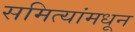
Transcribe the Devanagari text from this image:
समित्यांमधून